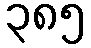
၃၈၅